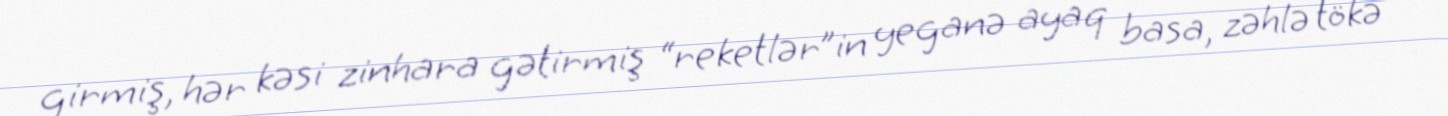
girmiş, hər kəsi zinhara gətirmiş “reketlər”in yeganə ayaq basa, zəhlə tökə